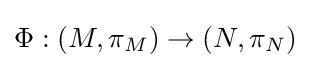
\Phi :(M,\pi _{M})\to (N,\pi _{N})